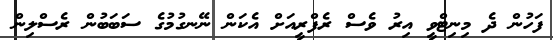
ފަހުން ދެ މިނިޓްވީ އިރު ވެސް ރެފްރީއަށް އެކަން ނޭނގުމުގެ ސަބަބުން ރެސްލިން